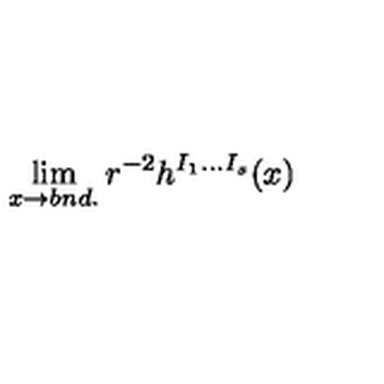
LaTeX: \lim _ { x \to b n d . } r ^ { - 2 } h ^ { I _ { 1 } \ldots I _ { s } } ( x )